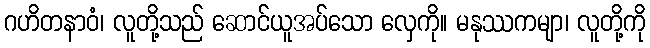
ဂဟိတနာဝံ၊ လူတို့သည် ဆောင်ယူအပ်သော လှေကို။ မနုဿကမျာ၊ လူတို့ကို